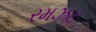
રમઝટ